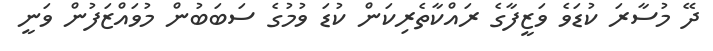
ދޭ މުސާރަ ކުޑަވެ ވަޒީފާގެ ރައްކާތެރިކަން ކުޑަ ވުމުގެ ސަބަބުން މުވައްޒަފުން ވަނީ